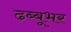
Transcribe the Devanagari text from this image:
ढब्बूभर